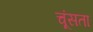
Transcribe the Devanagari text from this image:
चूंसता